Reports on dispensaries and lunatic asylums in the Province of Oudh - 1869-1876
Year: 1869
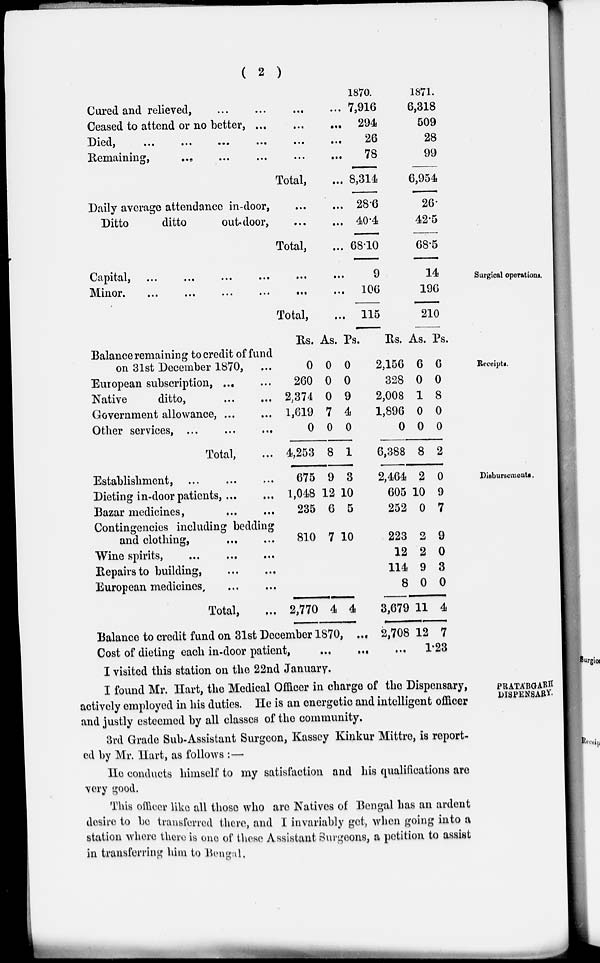
( 2 )
Cured and relieved, ... ... ... ...
Ceased to attend or no better, ... ... ...
Died, ... ... ... ... ... ...
Remaining, ... ... ... ... ...
Total, ...
Daily average attendance in-door, ... ...
Ditto
ditto
out-door,
...
...
Total, ...
1870.
7,916
294
26
78
8,314
28.6
40.4
68.10
1871.
6,318
509
28
99
6,954
26.
42.5
68.5
Surgical operations.
Capital,
...
...
...
...
...
...
Minor, ... ... ... ... ... ...
Total, ...
9
106
115
14
196
210
Receipts.
Balance remaining to credit of fund
on 31st December 1870, ...
European subscription, ... ...
Native
ditto,
...
...
Government allowance, ... ...
Other services, ...
...
...
Total, ...
Rs.
0
260
2,374
1,619
0
4,253
As.
0
0
0
7
0
8
Ps.
0
0
9
4
0
1
Rs.
2,156
328
2,008
1,896
0
6,388
As.
6
0
1
0
0
8
Ps.
6
0
8
0
0
2
Disbursements.
Establishment, ... ... ...
Dieting in-door patients, ... ...
Bazar medicines, ... ...
Contingencies including bedding
and clothing,
...
...
Wine spirits,
...
...
...
Repairs to building,
...
...
European medicines
...
...
Total, ...
675
1,048
235
810
2,770
9
12
6
7
4
3
10
5
10
4
2,464
605
252
223
12
114
8
3,679
2
10
0
2
2
9
0
11
0
9
7
9
0
3
0
4
Balance to credit fund on 31st December 1870, ... 2,708
Cost of dieting each in-door patient,
...
... ...
12 7
1.23
I visited this station on the 22nd January.
PRATÁBGARH
DISPENSARY.
I found Mr. Hart, the Medical Officer in charge of the Dispensary,
actively employed in his duties. He is an energetic and intelligent officer
and justly esteemed by all classes of the community.
3rd Grade Sub-Assistant Surgeon, Kassey Kinkur Mittre, is report-
ed by Mr. Hart, as follows :—
He conducts himself to my satisfaction and his qualifications are
very good.
This officer like all those who are Natives of Bengal has an ardent
desire to be transferred there, and I invariably get, when going into a
station where there is one of these Assistant Surgeons, a petition to assist
in transferring him to Bengal.